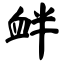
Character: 衅